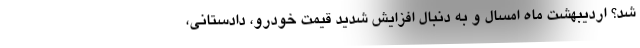
شد؟ اردیبهشت ماه امسال و به دنبال افزایش شدید قیمت خودرو، دادستانی،